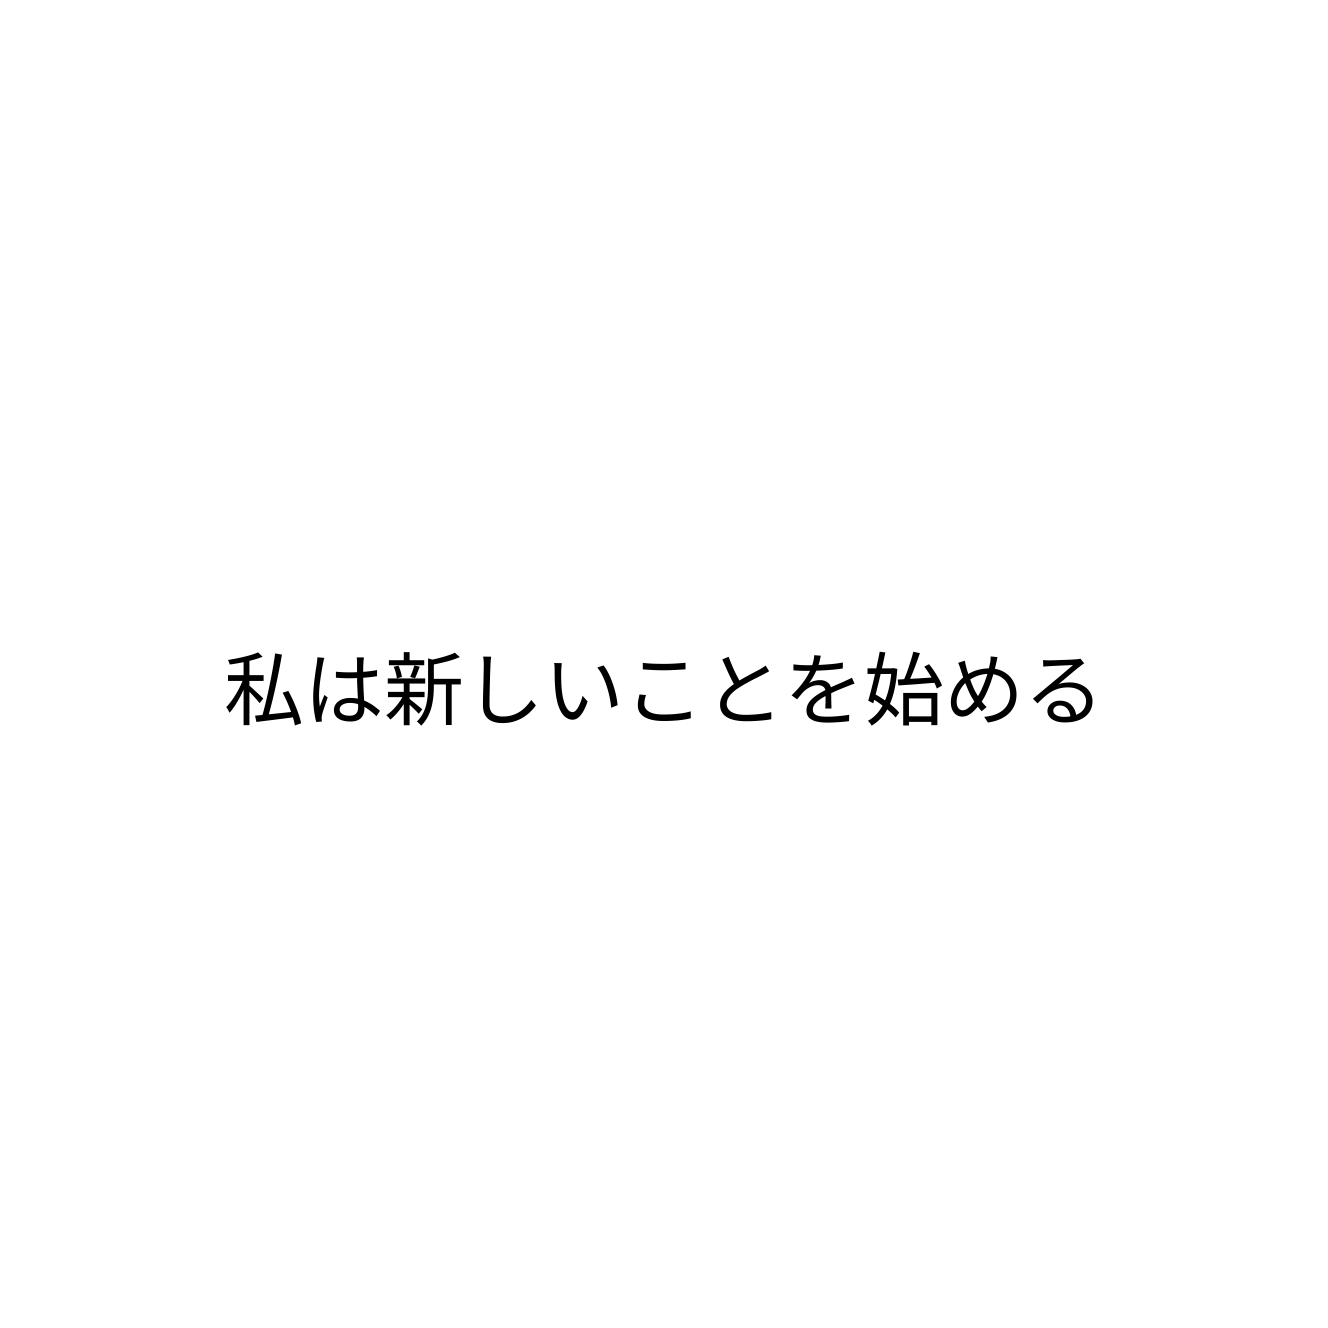
私は新しいことを始める